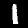
Digit: 1